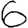
Digit: 6